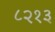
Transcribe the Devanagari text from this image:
८२१३